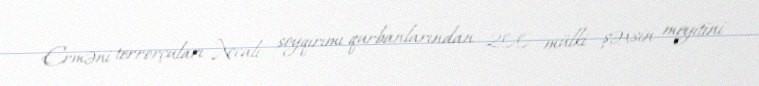
Erməni terrorçuları Xocalı soyqırımı qurbanlarından 200 mülki şəxsin meyitini